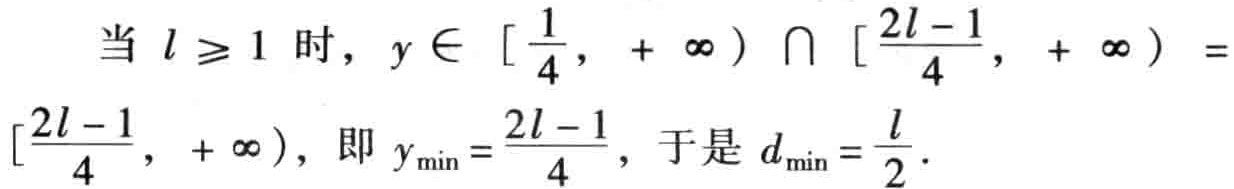
当 \( l \geq 1 \) 时，\( y \in [\frac{1}{4}, + \infty) \cap [\frac{2l - 1}{4}, + \infty) = [\frac{2l - 1}{4}, + \infty) \)，即 \( y_{\min} = \frac{2l - 1}{4} \)，于是 \( d_{\min} = \frac{l}{2} \).